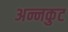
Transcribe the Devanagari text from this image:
अन्नकुट